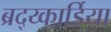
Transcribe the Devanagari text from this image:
ब्रद्य्कार्डिया